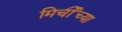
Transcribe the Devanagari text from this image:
मिर्चीच्या